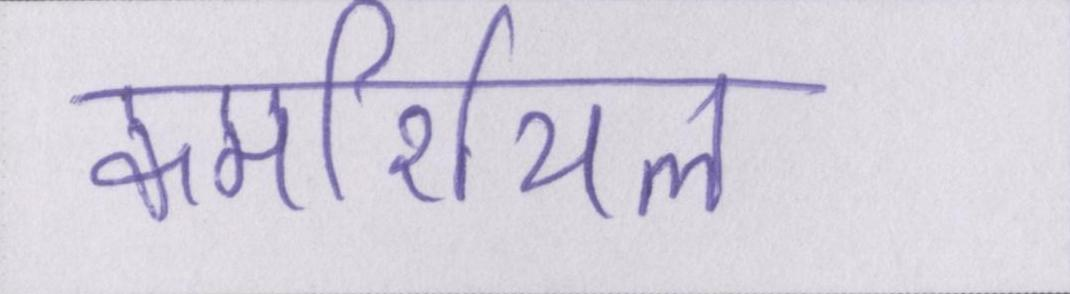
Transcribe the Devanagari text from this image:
कमर्शियल